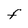
Character: F